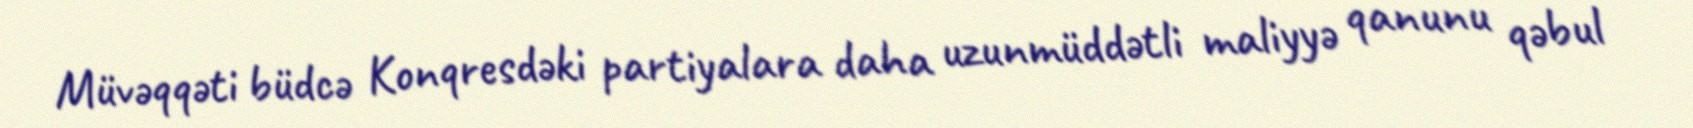
Müvəqqəti büdcə Konqresdəki partiyalara daha uzunmüddətli maliyyə qanunu qəbul